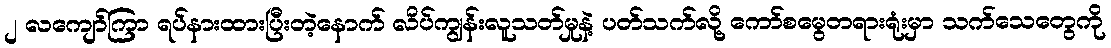
၂ လကျော်ကြာ ရပ်နားထားပြီးတဲ့နောက် လိပ်ကျွန်းလူသတ်မှုနဲ့ ပတ်သက်လို့ ကော်စမွေတရားရုံးမှာ သက်သေတွေကို